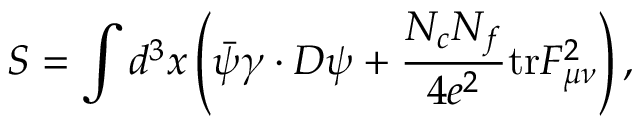
S = \int d ^ { 3 } x \left( \bar { \psi } \gamma \cdot D \psi + { \frac { N _ { c } N _ { f } } { 4 e ^ { 2 } } } \mathrm { t r } F _ { \mu \nu } ^ { 2 } \right) ,